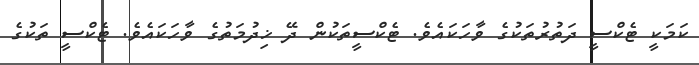
ކަމަކީ ޓެކްސީ ދަތުރުތަކުގެ ވާހަކައެވެ. ޓެކްސީތަކުން ދޭ ޚިދުމަތުގެ ވާހަކައެވެ. ޓެކްސީ ތަކުގެ